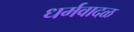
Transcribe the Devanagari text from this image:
धर्मवादळ